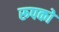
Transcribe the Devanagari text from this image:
रूपको